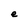
Character: e